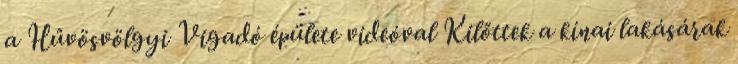
a Hűvösvölgyi Vigadó épülete videóval Kilőttek a kínai lakásárak